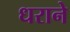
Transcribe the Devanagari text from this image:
धराने